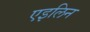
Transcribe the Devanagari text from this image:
एइलिन